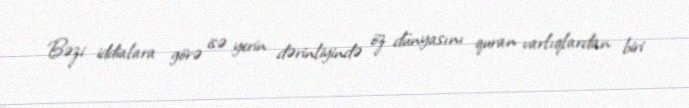
Bəzi iddialara görə isə yerin dərinliyində öz dünyasını quran varlıqlardan biri